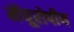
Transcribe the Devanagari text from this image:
मेंयूरोपीय